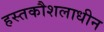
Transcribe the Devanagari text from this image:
हस्तकौशलाधीन